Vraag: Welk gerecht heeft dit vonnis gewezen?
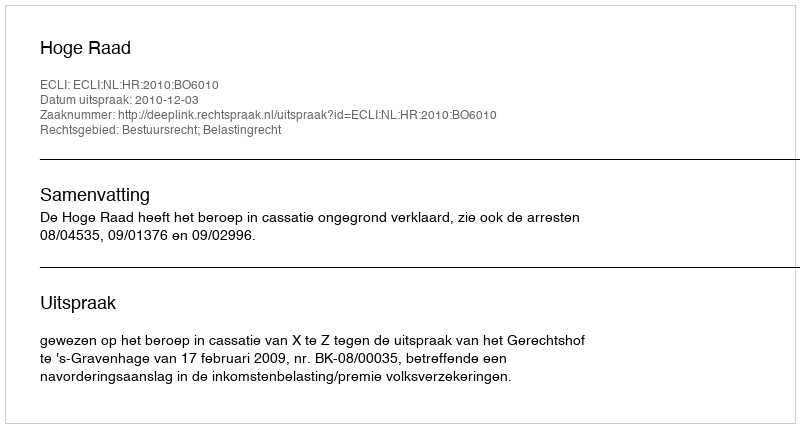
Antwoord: Hoge Raad